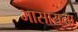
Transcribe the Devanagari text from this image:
भासायला